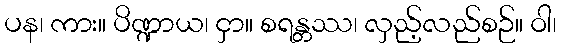
ပန၊ ကား။ ပိဏ္ဍာယ၊ ငှာ။ စရန္တဿ၊ လှည့်လည်စဉ်။ ဝါ၊